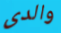
والدى